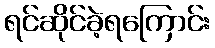
ရင်ဆိုင်ခဲ့ရကြောင်း